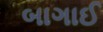
બાગાઈ